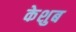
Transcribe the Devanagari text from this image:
केशुब